Annual report on the lock hospitals of the Madras Presidency
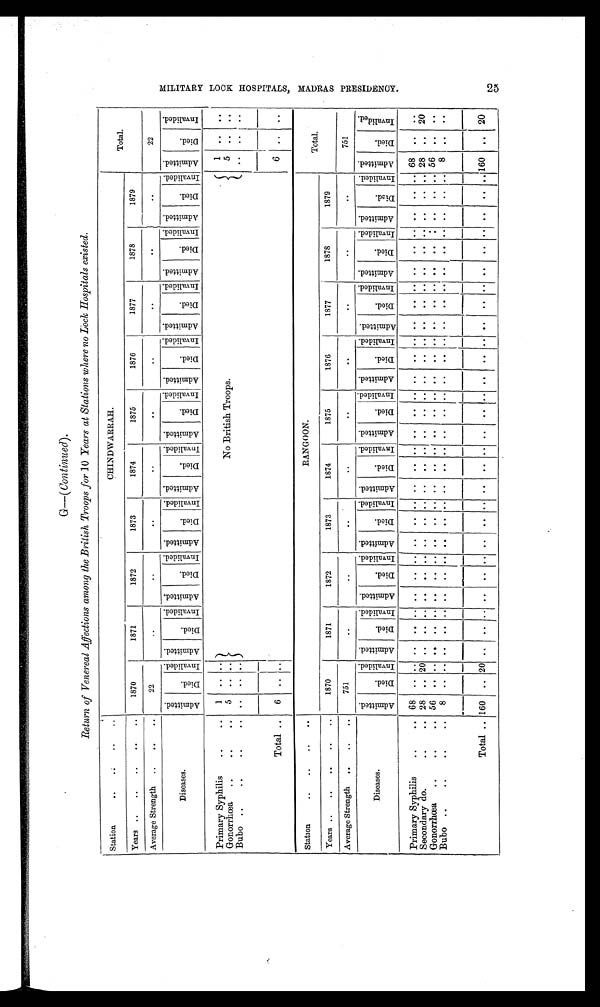
G—(Continued).
Return of Venereal Affections among the British Troops for 10 Years at Stations where no Lock Hospitals existed.
Station
..
..
. .
. .
CHINDWARRAH.
Total.
Years ..
..
..
. .
. .
1870
1871
1872
1873
1874
1875
1876
1877
1878
1879
Average Strength ..
. .
. .
22
..
..
..
. .
. .
..
. .
. .
. .
22
Diseases.
A d m i t t e d .
D i e d .
I n v a l i d e d . A d m i t t e d .
D i e d .
I n v a l i d e d . A d m i t t e d .
D i e d .
I n v a l i d e d . Admi t t e d.
D i e d .
I nval i ded. A d m i t t e d .
D i e d .
I n v a l i d e d . A d m i t t e d .
D i e d .
I n v a l i d e d . A d m i t t e d .
D i e d .
I n v a l i d e d . Admi t t ed.
D i e d .
I n v a l i d e d . A d m i t t e d .
D i e d .
I n v a l i d e d . A d m i t t e d .
D i e d .
I n v a l i d e d . Admi t t e d.
D i e d .
I n v a l i d e d .
Primary Syphilis
..
..
1
. . . .
No British Troops.
1
. .
. .
5
. .
. .
Gonorrhœa
..
..
. . 5 .. ..
Bubo ..
..
. .
. .
. .
. . . .
..
. .
. .
Total ..
6
. .
6
. .
. .
Station
..
..
. .
. .
RANGOON.
Total.
Years ..
..
..
. .
. .
1870
1871
1872
1873
1874
1875
1876
1877
1878
1879
Average Strength ..
. .
. .
751
..
..
. .
. .
. .
. .
. .
. .
. .
751
Diseases.
A d m i t t e d .
D i e d .
I n v a l i d e d . A d m i t t e d .
D i e d .
I n v a l i d e d . A d m i t t e d .
D i e d .
I n v a l i d e d . Admi t t ed.
D i e d .
I nval i ded. A d m i t t e d .
D i e d .
I n v a l i d e d . A d m i t t e d .
D i e d .
I n v a l i d e d . A d m i t t e d .
D i e d .
I n v a l i d e d . Admi t t e d.
D i e d .
I n v a l i d e d . A d m i t t e d .
D i e d .
I n v a l i d e d . Ad mi t t e d .
D i e d .
I n v a l i d e d . Admi t t ed.
D i e d .
I n v a l i d e d .
Primary Syphilis
. .
. . 68
. . . . . .
. .
. . . .
. .
. .
. .
. .
. . . .
. .
. .
. .
. .
. . . .
. .
. .
. .
. . . . . .
. . . .
. .
. .
. .
6 8
. .
. .
Secondary do.
. .
. . 28
. .
2 0 . .
. .
. .
. .
. . . . . .
. .
. . . .
. .
. . . .
. .
. .
. . . .
. .
. .
. . . . . .
. . . .
. .
. .
. .
2 8
. .
2 0
Gonorrhœa
..
. .
. . 56
. . . . . .
. .
. . . .
. . . . . .
. .
. . . .
. .
. .
. .
. .
. . . .
. .
. . . .
. . . . . .
. . . .
. .
. .
. .
5 6
. .
. .
Bubo ..
..
..
..
8
. . . . . .
. .
. . . .
. . . .
. .
. .
. . . .
. .
. .
. .
. .
. .
. .
. .
. .
. .
. .
. .
. .
. . . . . .
. .
. .
8
. .
. .
Total .. 160
. .
2 0 . .
. .
. . . .
. . . . . .
. .
. . . .
. .
. . . .
. .
. . . .
. .
. .
. .
. . . .
. .
. .
. .
. .
. .
. .
1 6 0
. .
2 0
M I L I T A R Y L O C K H O S P I T A L S M A D R A S P R E S I D E N C Y .
25